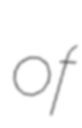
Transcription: of